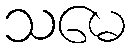
သမေ